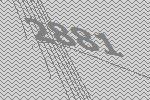
2881